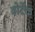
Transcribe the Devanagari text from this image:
वोर्टेक